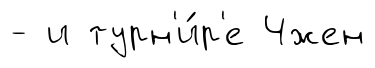
- и турн'и́р'е Чжен